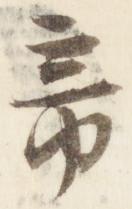
帝